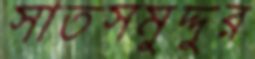
সাতসমুদ্দুর